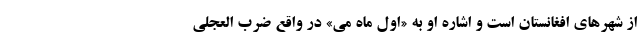
از شهرهای افغانستان است و اشاره او به «اول ماه می» در واقع ضرب العجلی